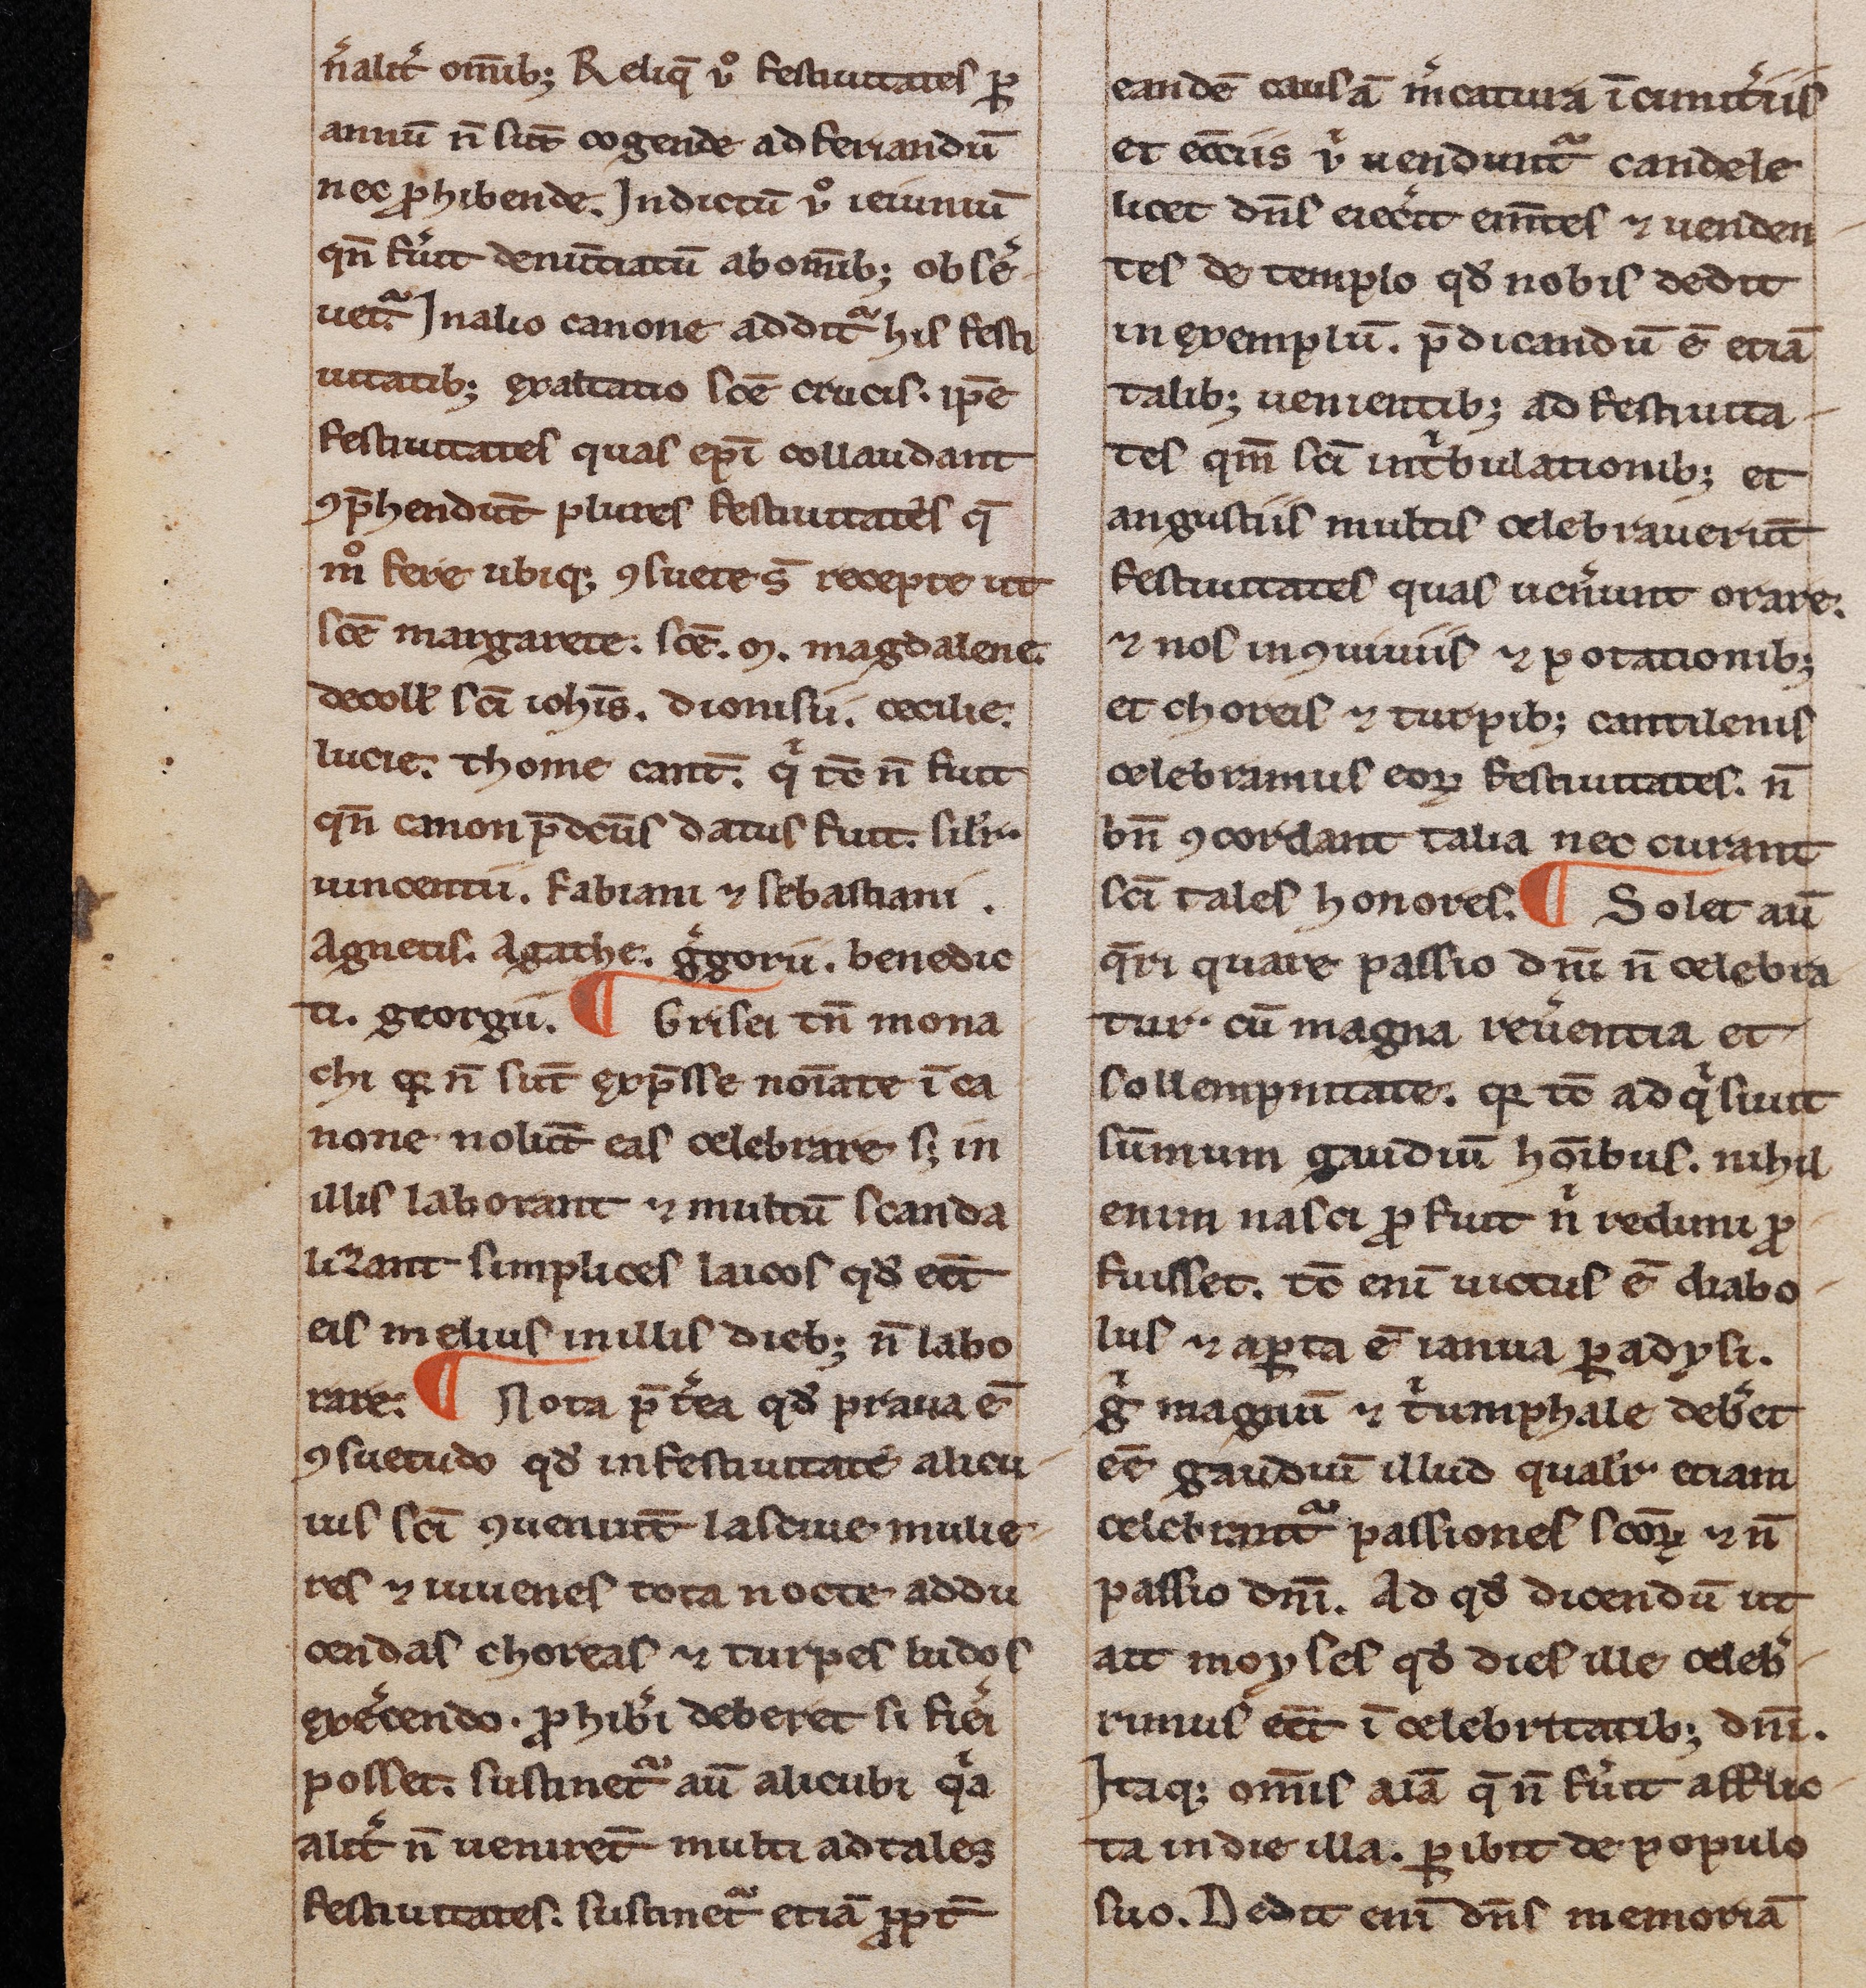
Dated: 1200–1249